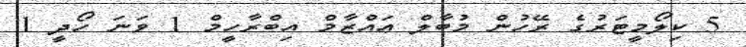
5 ކިލޯމީޓަރުގެ ރޭހުން މުބާލް ޢައްޒާމް އިބްރާހީމް 1 ވަނަ ހޯދީ 1